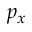
p _ { x }